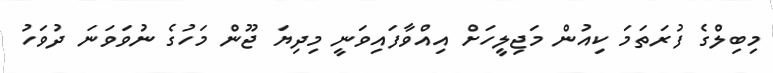
މިބިލްގެ ފުރަތަމަ ކިއުން މަޖިލީހަށް އިއްވާފައިވަނީ މިދިޔަ ޖޫން މަހުގެ ނުވަވަނަ ދުވަހު